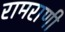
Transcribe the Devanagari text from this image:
रामराणी